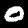
Label: 0